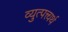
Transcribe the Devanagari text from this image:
व्युत्पत्त्यर्थ